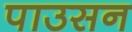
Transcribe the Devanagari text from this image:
पाउसन